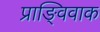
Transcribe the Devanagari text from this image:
प्राङ्विवाक